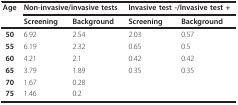
<table><thead><tr><td><b>Age</b></td><td colspan="2"><b>Non-invasive/invasive tests</b></td><td colspan="2"><b>Invasive test -/Invasive test +</b></td></tr><tr><td></td><td><b>Screening</b></td><td><b>Background</b></td><td><b>Screening</b></td><td><b>Background</b></td></tr></thead><tbody><tr><td><b>50</b></td><td>6.92</td><td>2.54</td><td>2.03</td><td>0.57</td></tr><tr><td><b>55</b></td><td>6.19</td><td>2.32</td><td>0.65</td><td>0.5</td></tr><tr><td><b>60</b></td><td>4.21</td><td>2.1</td><td>0.42</td><td>0.42</td></tr><tr><td><b>65</b></td><td>3.79</td><td>1.89</td><td>0.35</td><td>0.35</td></tr><tr><td><b>70</b></td><td>1.67</td><td>0.28</td><td></td><td></td></tr><tr><td><b>75</b></td><td>1.46</td><td>0.2</td><td></td><td></td></tr></tbody></table>